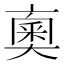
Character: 𠆇